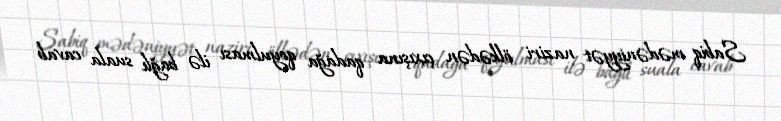
Sabiq mədəniyyət naziri ölkədən çıxışına qadağa qoyulması ilə bağlı suala cavab